Report on the lunatic asylums under the Government of Bombay - 1904-1913
Year: 1904
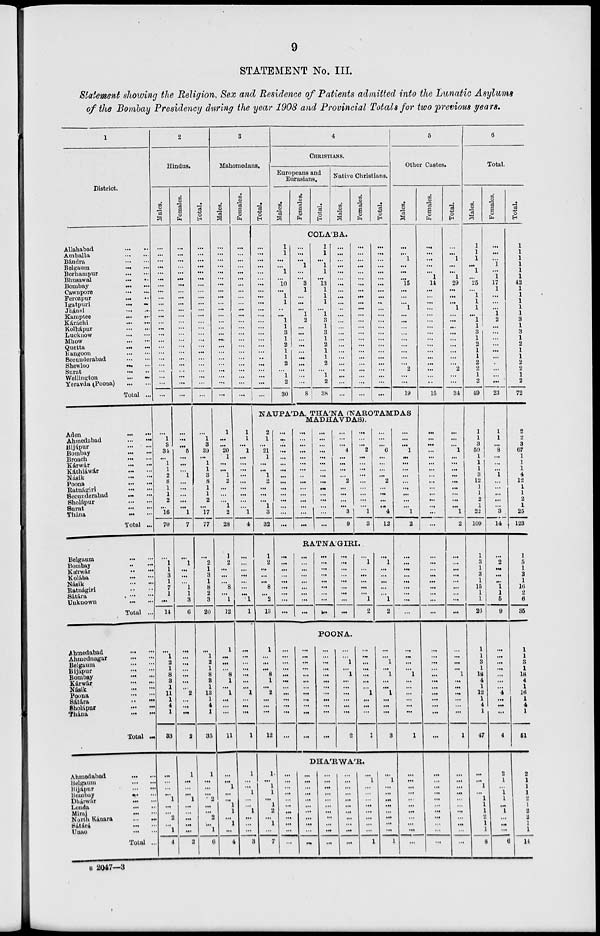
9
STATEMENT No. III.
Statement showing the Religion, Sex and Residence of Patients admitted into the Lunatic Asylums
of the Bombay Presidency during the year 1908 and Provincial Totals for two previous years.
1
District.
Allahabad ... ...
Amballa ... ...
Bándra ... ...
Belgaum ... ...
Berhampur ... ...
Bhusawal ... ...
Bombay ... ...
Cawnpore ... ...
Ferozpur ... ...
Igatpuri ... ...
Jhánsi ... ...
Kamptee ... ...
Káráchi ... ...
Kolhápur ... ...
Lucknow ... ...
Mhow ... ...
Quetta ... ...
Rangoon ... ...
Secunderabad ... ...
Shewloo ... ...
Surat ... ...
Wellington ... ...
Yeravda (Poona) ... ...
Total ...
Aden ... ...
Ahmedabad ... ...
Bijápur ... ...
Bombay ... ...
Broach ... ...
Kárwár ... ...
Káthiáwár ... ...
Násik ... ...
Poona ... ...
Ratnágiri ... ...
Secunderabad ... ...
Sholápur ... ...
Surat ... ...
Thána ... ...
Total ...
Belgaum ... ...
Bombay ... ...
Kárwár ... ...
Kolába ... ...
Násik ... ...
Ratnágiri ... ...
Sátára ... ...
Unknown ... ...
Total ...
Ahmedabad ... ...
Ahmednagar ... ...
Belgaum ... ...
Bijapur ... ...
Bombay ... ...
Kárwár ... ...
Násik ... ...
Poona ... ...
Sátára ... ...
Sholápur ... ...
Thána ... ...
Total ...
Ahmedabad ... ...
Belgaum ... ...
Bijápur ... ...
Bombay ... ...
Dhárwár ... ...
Londa ... ...
Miraj ... ...
North Kánara ... ...
Sátárá ... ...
Unao ... ...
Total ...
2
Hindus.
Males.
...
...
...
...
...
...
...
...
...
...
...
...
...
...
...
...
...
...
...
...
...
...
...
...
...
1
3
34
...
1
1
2
8
1
1
2
...
16
70
...
1
1
3
1
7
1
...
14
...
1
2
1
8
3
1
11
1
4
1
33
...
...
...
...
1
...
...
2
...
1
4
Females.
...
...
...
...
...
...
...
...
...
...
...
...
...
...
...
...
...
...
...
...
...
...
...
...
...
...
... 5
...
...
...
1
...
...
...
...
...
1
7
...
1
...
...
...
1
1
3
6
...
...
...
...
...
...
...
2
...
...
...
2
1
...
...
...
1
...
...
...
...
...
2
Total.
...
...
...
...
...
...
...
...
...
...
...
...
...
...
...
...
...
...
...
...
...
...
...
...
...
1
3
39
...
1
1
3
8
1
1
2
...
17
77
...
2
1
3
1
8
2
3
20
...
1
2
1
8
8
1
13
1
4
1
35
1
...
...
...
2
...
...
2
...
1
6
3
Mahomedans.
Males.
...
...
...
...
...
...
...
...
...
...
...
...
...
...
...
...
...
...
...
...
...
...
...
...
1
...
... 20
1
...
...
1
2
...
...
...
1
2
28
1
2
...
...
...
8
...
1
12
1
...
...
...
8
1
...
1
...
...
...
11
...
...
1
...
...
1
1
...
1
...
4
Females.
...
...
...
...
...
...
...
...
...
...
...
...
...
...
...
...
...
...
...
...
...
...
...
...
1
1
... 1
...
...
...
...
...
...
...
...
...
1
4
...
...
...
...
...
...
...
1
1
...
...
...
...
...
...
...
1
...
...
...
1
1
...
...
1
...
...
1
...
...
...
3
Total.
...
...
...
...
...
...
...
...
...
...
...
...
...
...
...
...
...
...
...
...
...
...
...
...
4
CHRISTIANS.
Europeans and
Eurasians.
Males.
Females.
Total.
Native Christians.
Males.
Females.
Total.
COLA'BA.
1
1
...
...
1
...
10
...
1
1
...
...
1
1
3
1
2
1
1
2
...
1
2
30
...
...
...
1
...
...
3
1
...
...
...
1
2
...
...
...
...
...
...
...
...
...
...
8
1
1
...
1
1
...
13
1
1
1
...
1
3
1
3
1
2
1
1
2
...
1
2
38
...
...
...
...
...
...
...
...
...
...
...
...
...
...
...
...
...
...
...
...
...
...
...
...
...
...
...
...
...
...
...
...
...
...
...
...
...
...
...
...
...
...
...
...
...
...
...
...
...
...
...
...
...
...
...
...
...
...
...
...
...
...
...
...
...
...
...
...
...
...
...
...
5
Other Castes.
Males.
...
...
1
...
...
...
15
...
...
...
1
...
...
...
...
...
...
...
...
...
2
...
...
19
NAUPA'DA, THA'NA (NAROTAMDAS
MADHAVDAS).
2
1
... 21
1
...
...
1
2
...
...
...
1
3
32
1
2
...
...
...
8
...
2
13
1
...
...
...
8
1
...
2
...
...
...
12
1
...
1
1
...
1
2
...
1
...
7
...
...
... ...
...
...
...
...
...
...
...
...
...
...
...
...
...
... ...
...
...
...
...
...
...
...
...
...
...
...
...
...
... ...
...
...
...
...
...
...
...
...
...
...
...
...
...
... 4
...
...
...
...
2
...
...
...
...
3
9
...
...
... 2
...
...
...
...
...
...
...
...
...
1
3
...
...
... 6
...
...
...
...
2
...
...
...
...
4
12
RATNA'GIRI.
...
...
...
...
...
...
...
...
...
...
...
...
...
...
...
...
...
...
...
...
...
...
...
...
...
...
...
...
...
...
...
...
...
...
...
...
...
1
...
...
...
...
...
1
2
...
1
...
...
...
...
...
1
2
POONA.
...
...
...
...
...
...
...
...
...
...
...
...
... ...
...
...
...
...
...
...
...
...
...
...
...
...
...
...
...
...
...
...
...
...
...
...
...
...
1
...
1
...
...
...
...
...
...
2
... ...
...
...
...
...
...
1
...
...
...
1
...
...
1
...
1
...
...
1
...
...
...
3
DHA'RWA'R.
...
...
...
...
...
...
...
...
...
...
...
...
... ... ...
...
...
...
...
...
...
...
...
...
...
...
...
...
...
...
...
...
...
...
...
...
...
...
...
...
...
...
...
...
... 1
...
...
...
...
...
...
...
...
1
...
1
...
...
...
...
...
...
...
...
1
...
...
...
1
...
...
...
...
...
...
...
...
...
1
2
...
...
...
...
...
...
...
...
...
...
...
...
...
1
...
...
...
...
...
...
1
...
...
...
...
...
...
...
...
...
...
...
Females.
...
...
...
...
...
1
14
...
...
...
...
...
...
...
...
...
...
...
...
...
...
...
...
15
...
...
...
...
...
...
...
...
...
...
...
...
...
...
...
...
...
...
...
...
...
...
...
...
...
...
...
...
...
...
...
...
...
...
...
...
...
...
...
...
...
...
...
...
...
...
...
Total.
...
...
1
...
...
1
29
...
...
...
1
...
...
...
...
...
...
...
...
...
2
...
...
31
...
...
... 1
...
...
...
...
...
...
...
...
...
1
2
...
...
...
...
...
...
...
...
...
...
...
...
...
1
...
...
...
...
...
...
1
...
...
...
...
...
... ...
...
...
...
...
6
Total.
Males.
1
1
1
...
1
...
25
...
1
1
1
...
1
1
3
1
2
1
1
2
2
1
2
49
1
1
3
59
1
1
1
3
12
1
1
2
1
22
109
1
3
1
3
1
15
1
1
26
1
1
3
1
18
4
1
12
1
4
1
47
...
...
1
...
1
1
1
2
1
1
8
Females.
...
...
...
1
...
1
17
1
...
...
...
1
2
...
...
...
...
...
...
...
...
...
...
23
1
1
... 8
...
...
...
1
...
...
...
...
...
3
14
...
2
...
...
...
1
1
5
9
...
...
...
...
...
...
...
4
...
...
...
4
2
1
...
1
1
...
1
...
...
...
6
Total.
1
1
1
1
1
1 42
1
1
1
1
1
3
1
3
1
2
1
1
2
2
1
2
72
2
2
3
67
1
1
1
4
12
1
1
2
1
25
123
1
5
1
3
1
16
2
6
35
1
1
3
1
18
4
1
16
1
4
1
51
2
1
1
1
2
1
2
2
1
1
14
B 2047—3